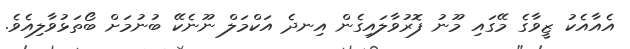
އެއާއެކު ޒީވާގެ މޭގައި މޫނު ފޮރުވާލައިގެން އިނދެ އަކްމަލް ނޫނެކޭ ބުނުމަށް ބޯތަޅުވާލިއެވެ.